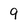
Character: 9